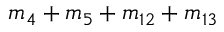
m _ { 4 } + m _ { 5 } + m _ { 1 2 } + m _ { 1 3 }